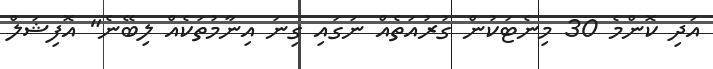
އަދި ކޮންމެ 30 މިނެޓަކުން ގުރުއަތެއް ނަގައި ގިނަ އިނާމުތަކެއް ލިބޭނެ" އޮފިޝަލް